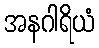
အနဂါရိယံ